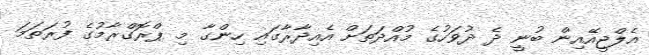
އެލްޖީއޭއިން ބުނީ ދެ ދުވަހުގެ މުއްދަތަށް އެއިދާރާގައި ހިންގާ މި ޕްރޮގްރާމުގެ ފުރަތަމަ